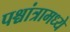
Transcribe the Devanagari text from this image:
पश्चांत्रामध्ये